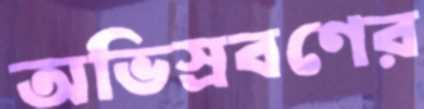
অভিস্রবণের